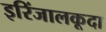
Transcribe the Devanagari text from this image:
इरिंजालकूदा